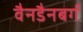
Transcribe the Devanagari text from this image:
वैनडैनबर्ग